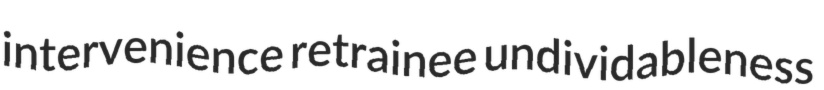
intervenience retrainee undividableness